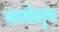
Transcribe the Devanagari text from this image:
कामोलुपा